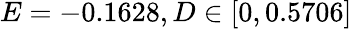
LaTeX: E=-0.1628,D\in[0,0.5706]